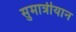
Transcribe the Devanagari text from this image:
सुमात्रीयान